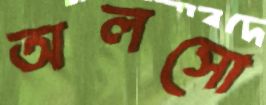
অলসো